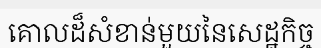
គោលដ៏សំខាន់មួយនៃសេដ្ឋកិច្ច